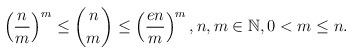
LaTeX: \begin{align*} \left(\frac{n}{m}\right)^m\leq \binom{n}{m}\leq \left(\frac{en}{m}\right)^m, n,m\in\mathbb{N}, 0< m \leq n. \end{align*}